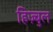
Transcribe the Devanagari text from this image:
हिज़्बुल